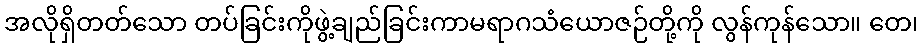
အလိုရှိတတ်သော တပ်ခြင်းကိုဖွဲ့ချည်ခြင်းကာမရာဂသံယောဇဉ်တို့ကို လွန်ကုန်သော။ တေ၊